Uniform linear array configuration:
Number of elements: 24
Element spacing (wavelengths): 0.5
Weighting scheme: uniform
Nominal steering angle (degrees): -45
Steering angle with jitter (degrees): -45.84
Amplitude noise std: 0.05
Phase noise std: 0.05

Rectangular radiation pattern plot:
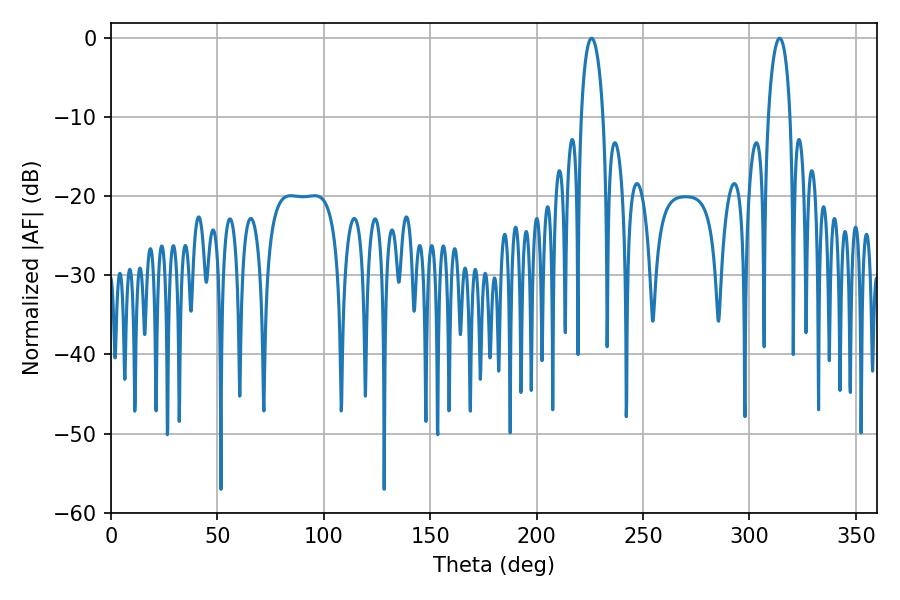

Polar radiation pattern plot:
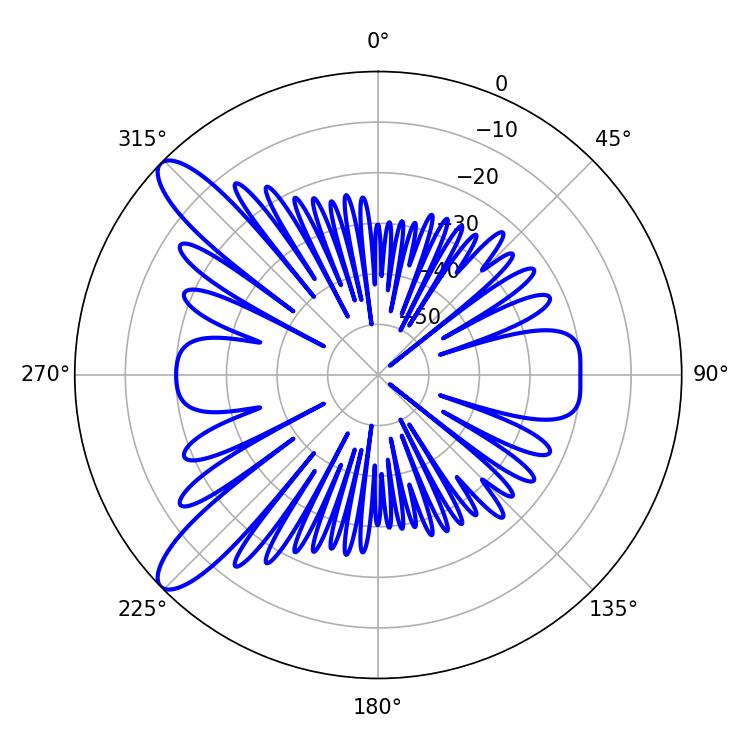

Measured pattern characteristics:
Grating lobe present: FALSE
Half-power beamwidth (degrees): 5.76
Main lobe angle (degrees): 225.9